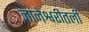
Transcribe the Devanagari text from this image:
ज्ञानेश्वरीतली